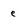
Character: e